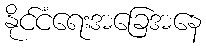
နိုင်ငံရေးအခြေအနေ